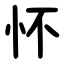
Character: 怀